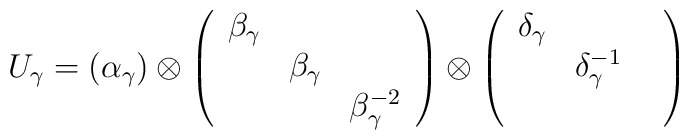
U_{\gamma}=(\alpha_{\gamma}) \otimes \left(\begin{array}{ccc}\beta_{\gamma}&&\\&\beta_{\gamma}&\\&&\beta^{-2}_{\gamma}\end{array}\right) \otimes \left( \begin{array}{ccc}\delta_{\gamma} &&\\&\delta^{-1}_{\gamma}&\\&&\end{array}\right)